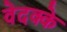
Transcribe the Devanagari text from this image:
वेदक्के